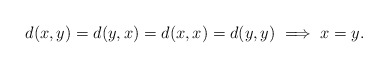
\begin{align*} d(x,y)=d(y,x)=d(x,x)=d(y,y)\implies x=y.\end{align*}